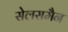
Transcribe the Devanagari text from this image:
सेलसमैन